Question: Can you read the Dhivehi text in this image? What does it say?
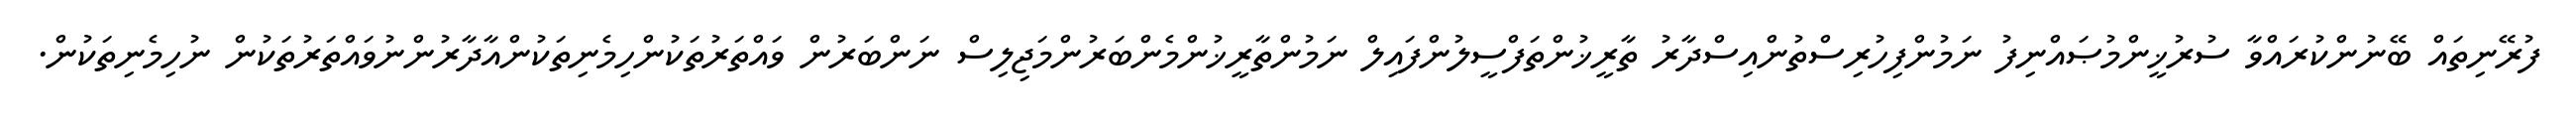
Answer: ފުރޭނިތައް ބޭނުންކުރައްވާ ސުރުޚީންމުޞައްނިފު ނަމުންފިހުރިސްތުންއިސްދާރު ތާރީޚުންތަފްސީލުންފައިލް ނަމުންތާރީޚުންމެންބަރުންމަޖިލިސް ނަންބަރުން ވައްތަރުތަކުންހިމެނިތަކުންއާދާރުންނުވައްތަރުތަކުން ނުހިމެނިތަކުން.